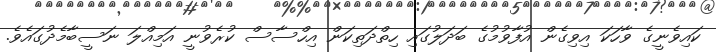
ކައިވެނީގެ ވާހަކަ އިވިގެން އުފާވުމުގެ ބަދަލުގައި ހިތްދަތިކަން އިހްސާސް ކުރެވުނީ އަމިއްލަ ނަސީބާމެދުގައެވެ.